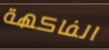
الفاكهة